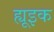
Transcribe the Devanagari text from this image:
ह्यूइक